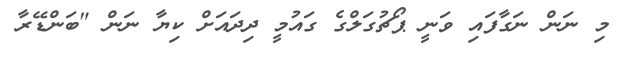
މި ނަން ނަގާފައި ވަނީ ޕޯޗުގަލްގެ ގައުމީ ދިދައަށް ކިޔާ ނަން "ބަންޑޭރާ